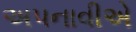
અપનાવીએ